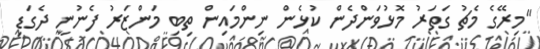
"މިރޭގެ މެޗު ގަތަރު މޮޅުވަންދެން ކުޅެން ނިންމައިން ތިބި މަންޒަރު ފެނުނީ ދެގަޑި